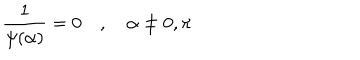
LaTeX: { \frac { 1 } { \psi ( \alpha ) } } = 0 \quad , \quad \alpha \neq 0 , \pi